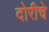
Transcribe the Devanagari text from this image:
दोरीचे